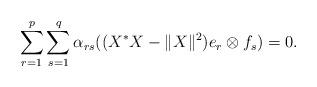
LaTeX: \begin{align*}\sum_{r=1}^p \sum_{s=1}^q \alpha_{rs} ((X^*X-\|X\|^2) e_r\otimes f_s)=0.\end{align*}